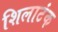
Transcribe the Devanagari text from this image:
शिलाटंक